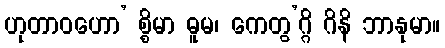
ဟုတာဝဟော’ စ္စိမာ ဓူမ၊ ကေတွ’ဂ္ဂိ ဂိနိ ဘာနုမာ။